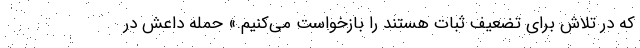
که در تلاش برای تضعیف ثبات هستند را بازخواست می‌کنیم.» حمله داعش در